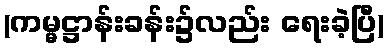
(ကမ္မဋ္ဌာန်းခန်း၌လည်း ရေးခဲ့ပြီ)